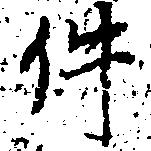
件